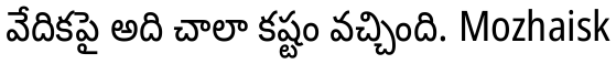
వేదికపై అది చాలా కష్టం వచ్చింది. Mozhaisk